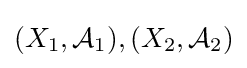
(X_{1},{\mathcal {A}}_{1}),(X_{2},{\mathcal {A}}_{2})